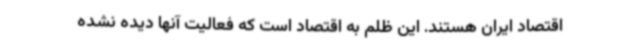
اقتصاد ایران هستند. این ظلم به اقتصاد است که فعالیت آنها دیده نشده